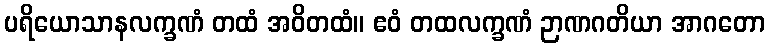
ပရိယောသာနလက္ခဏံ တထံ အဝိတထံ။ ဧဝံ တထလက္ခဏံ ဉာဏဂတိယာ အာဂတော